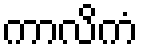
ကာလိကံ